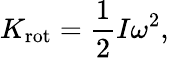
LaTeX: K_{\mathrm{rot}}={\frac{1}{2}}I\omega^{2},